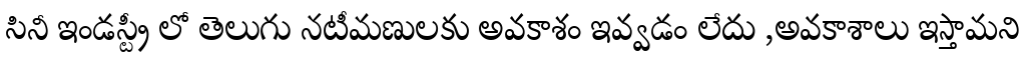
సినీ ఇండస్ట్రీ లో తెలుగు నటీమణులకు అవకాశం ఇవ్వడం లేదు ,అవకాశాలు ఇస్తామని